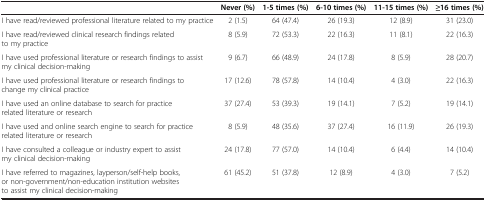
<table><thead><tr><td><b> </b></td><td><b>Never (%)</b></td><td><b>1-5 times (%)</b></td><td><b>6-10 times (%)</b></td><td><b>11-15 times (%)</b></td><td><b>≥16 times (%)</b></td></tr></thead><tbody><tr><td>I have read/reviewed professional literature related to my practice</td><td>2 (1.5)</td><td>64 (47.4)</td><td>26 (19.3)</td><td>12 (8.9)</td><td>31 (23.0)</td></tr><tr><td>I have read/reviewed clinical research findings related to my practice</td><td>8 (5.9)</td><td>72 (53.3)</td><td>22 (16.3)</td><td>11 (8.1)</td><td>22 (16.3)</td></tr><tr><td>I have used professional literature or research findings to assist my clinical decision-making</td><td>9 (6.7)</td><td>66 (48.9)</td><td>24 (17.8)</td><td>8 (5.9)</td><td>28 (20.7)</td></tr><tr><td>I have used professional literature or research findings to change my clinical practice</td><td>17 (12.6)</td><td>78 (57.8)</td><td>14 (10.4)</td><td>4 (3.0)</td><td>22 (16.3)</td></tr><tr><td>I have used an online database to search for practice related literature or research</td><td>37 (27.4)</td><td>53 (39.3)</td><td>19 (14.1)</td><td>7 (5.2)</td><td>19 (14.1)</td></tr><tr><td>I have used and online search engine to search for practice related literature or research</td><td>8 (5.9)</td><td>48 (35.6)</td><td>37 (27.4)</td><td>16 (11.9)</td><td>26 (19.3)</td></tr><tr><td>I have consulted a colleague or industry expert to assist my clinical decision-making</td><td>24 (17.8)</td><td>77 (57.0)</td><td>14 (10.4)</td><td>6 (4.4)</td><td>14 (10.4)</td></tr><tr><td>I have referred to magazines, layperson/self-help books, or non-government/non-education institution websites to assist my clinical decision-making</td><td>61 (45.2)</td><td>51 (37.8)</td><td>12 (8.9)</td><td>4 (3.0)</td><td>7 (5.2)</td></tr></tbody></table>